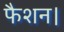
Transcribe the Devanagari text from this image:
फैशन।